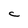
Character: C